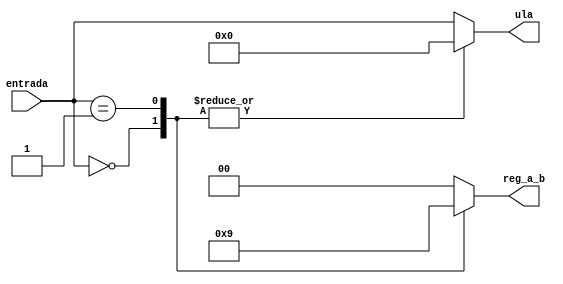
module decodificador(entrada, reg_a_b, ula);

input wire [3:0] entrada;
output reg [1:0] reg_a_b;
output reg [3:0] ula;

always @(entrada)
begin
	case(entrada)
	4'b0000: 
	begin
			reg_a_b <= 2'b10;
			ula <= 4'b0000;
	end
		
	4'b0001:
	begin
		reg_a_b <= 2'b01;
		ula <= 4'b0000;
	end
	
	default:
	begin
		reg_a_b <= 2'b00;
		ula <= entrada;
	end
	endcase
end
endmodule